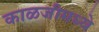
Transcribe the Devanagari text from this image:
काळजीमध्ये